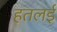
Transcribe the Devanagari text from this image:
हतलई